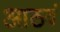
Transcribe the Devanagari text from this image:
आठवं